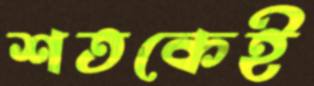
শতকেই